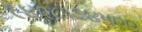
૯૪૨૮૧૭૪૫૦૦